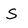
Character: S